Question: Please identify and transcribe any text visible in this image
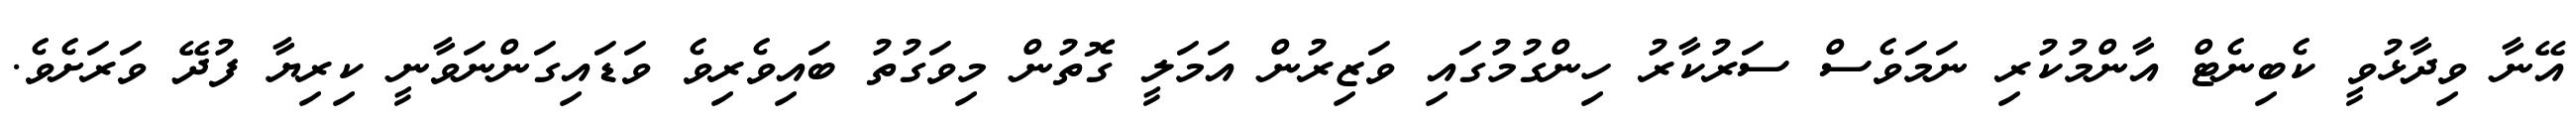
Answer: އޭނާ ވިދާޅުވީ ކެބިނެޓް އާންމުކުރި ނަމަވެސް ސަރުކާރު ހިންގުމުގައި ވަޒިރުން އަމަލީ ގޮތުން މިވަގުތު ބައިވެރިވެ ވަޑައިގަންނަވާނީ ކިރިޔާ ފުދޭ ވަރަށެވެ.